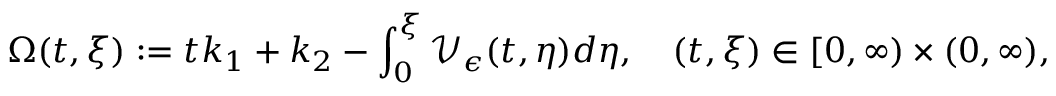
\Omega ( t , \xi ) : = t k _ { 1 } + k _ { 2 } - \int _ { 0 } ^ { \xi } \mathcal { V } _ { \epsilon } ( t , \eta ) d \eta , \quad ( t , \xi ) \in [ 0 , \infty ) \times ( 0 , \infty ) ,